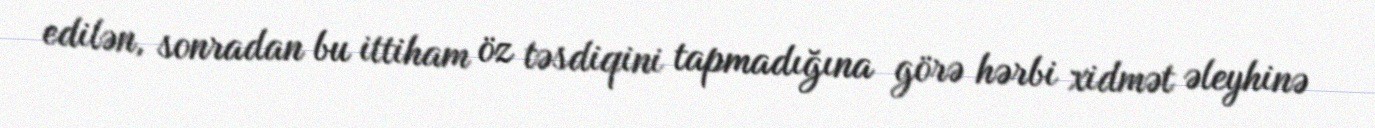
edilən, sonradan bu ittiham öz təsdiqini tapmadığına görə hərbi xidmət əleyhinə